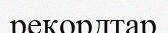
рекордтар